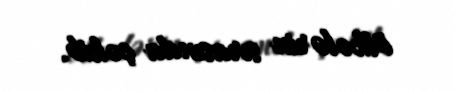
ölkələrin sırasında çəkib.